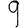
Digit: 9